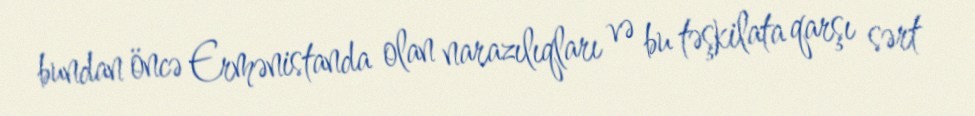
bundan öncə Ermənistanda olan narazılıqları və bu təşkilata qarşı sərt